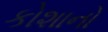
કોશાનો